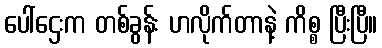
ပေါ်ဌေးက တစ်ခွန်း ဟလိုက်တာနဲ့ ကိစ္စ ပြီးပြီ။